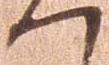
へ